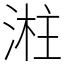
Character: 㴤